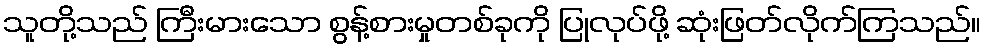
သူတို့သည် ကြီးမားသော စွန့်စားမှုတစ်ခုကို ပြုလုပ်ဖို့ ဆုံးဖြတ်လိုက်ကြသည်။